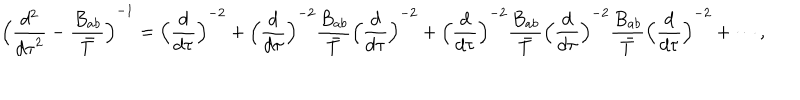
{ \Bigl ( { \frac { d ^ { 2 } } { { d \tau } ^ { 2 } } } - { \frac { B _ { a b } } { \bar { T } } } \Bigl ) } ^ { - 1 } = { \Bigl ( { \frac { d } { d \tau } } \Bigr ) } ^ { - 2 } + { \Bigl ( { \frac { d } { d \tau } } \Bigr ) } ^ { - 2 } { \frac { B _ { a b } } { \bar { T } } } { \Bigl ( { \frac { d } { d \tau } } \Bigr ) } ^ { - 2 } + { \Bigl ( { \frac { d } { d \tau } } \Bigr ) } ^ { - 2 } { \frac { B _ { a b } } { \bar { T } } } { \Bigl ( { \frac { d } { d \tau } } \Bigr ) } ^ { - 2 } { \frac { B _ { a b } } { \bar { T } } } { \Bigl ( { \frac { d } { d \tau } } \Bigr ) } ^ { - 2 } + \cdots ,